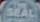
seal